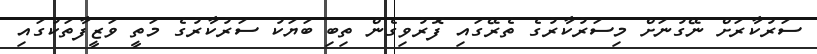
ސަރުކާރަށް ނޭގުނަށް މިސަރުކާރުގެ ތެރޭގައި ފޮރުވިގެން ތިބި ބަޔަކު ސަރުކާރުގެ މަތީ ވަޒީފާތަކުގައި